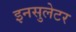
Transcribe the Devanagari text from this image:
इनसुलेटर